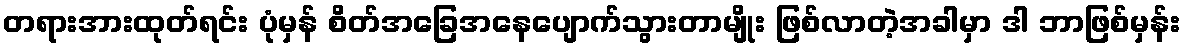
တရားအားထုတ်ရင်း ပုံမှန် စိတ်အခြေအနေပျောက်သွားတာမျိုး ဖြစ်လာတဲ့အခါမှာ ဒါ ဘာဖြစ်မှန်း